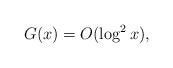
LaTeX: \begin{align*}G(x)=O(\log^2 x),\end{align*}